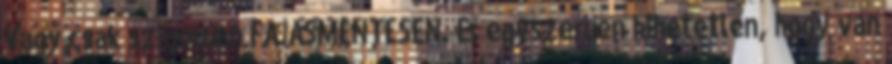
Vagy csak szigorúan FÁJÁSMENTESEN. És egyszerűen hihetetlen, hogy van